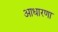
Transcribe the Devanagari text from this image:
आधारणा